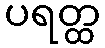
ပရတ္ထ